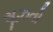
સૂઝતો